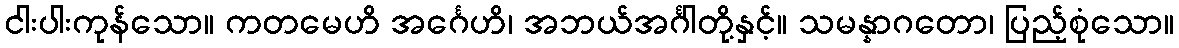
ငါးပါးကုန်သော။ ကတမေဟိ အင်္ဂေဟိ၊ အဘယ်အင်္ဂါတို့နှင့်။ သမန္နာဂတော၊ ပြည့်စုံသော။